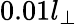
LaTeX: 0.01l_{\perp}